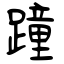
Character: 蹱